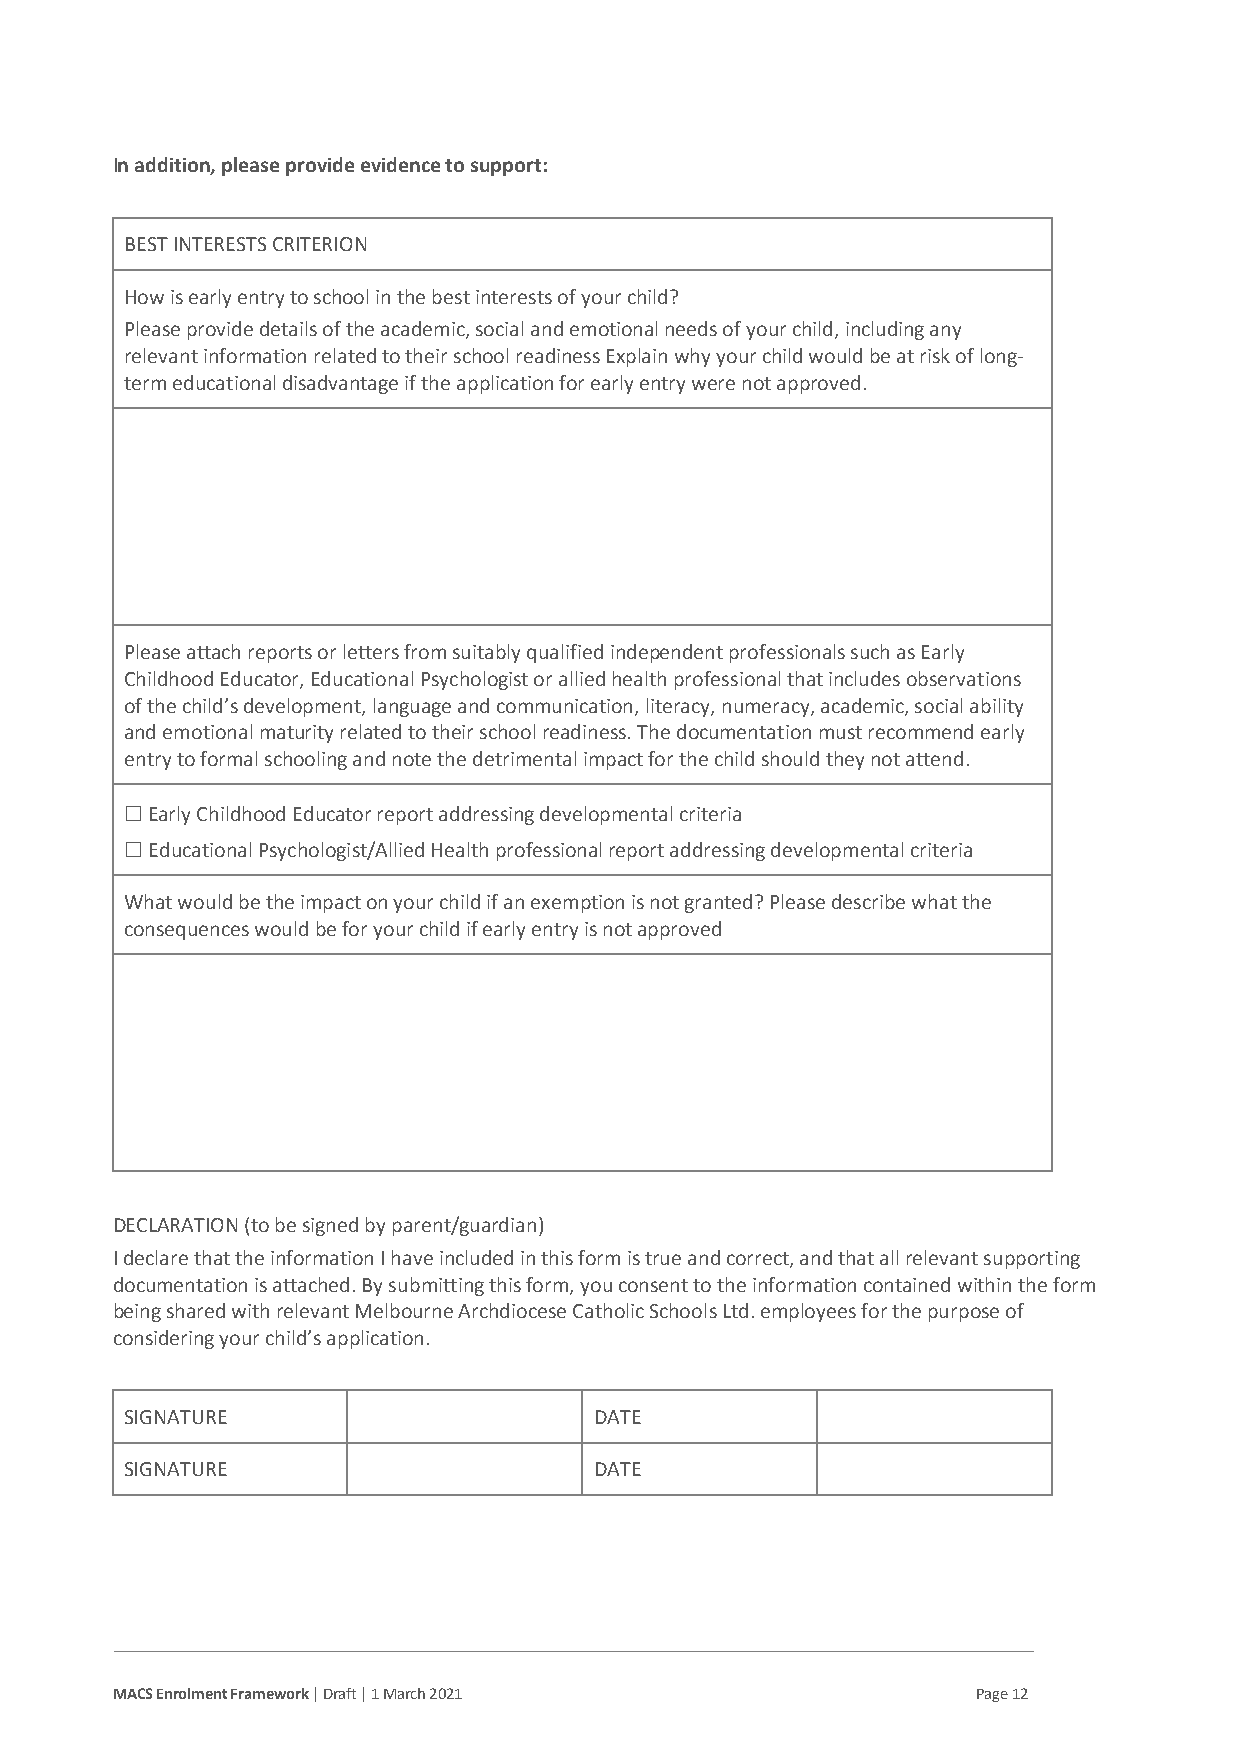
In addition, please provide evidence to support:
 BEST INTERESTS CRITERION
 How is early entry to school in the best interests of your child?
 Please provide details of the academic, social and emotional needs of your child, including any
 relevant information related to their school readiness Explain why your child would be at risk of long-
 term educational disadvantage if the application for early entry were not approved.
 Please attach reports or letters from suitably qualified independent professionals such as Early
 Childhood Educator, Educational Psychologist or allied health professional that includes observations
 of the child’s development, language and communication, literacy, numeracy, academic, social ability
 and emotional maturity related to their school readiness. The documentation must recommend early
 entry to formal schooling and note the detrimental impact for the child should they not attend.
 ☐ Early Childhood Educator report addressing developmental criteria
 ☐ Educational Psychologist/Allied Health professional report addressing developmental criteria
 What would be the impact on your child if an exemption is not granted? Please describe what the
 consequences would be for your child if early entry is not approved
 DECLARATION (to be signed by parent/guardian)
 I declare that the information I have included in this form is true and correct, and that all relevant supporting
 documentation is attached. By submitting this form, you consent to the information contained within the form
 being shared with relevant Melbourne Archdiocese Catholic Schools Ltd. employees for the purpose of
 considering your child’s application.
 SIGNATURE                      DATE
 SIGNATURE                      DATE
 MACS Enrolment Framework | Draft | 1 March 2021           Page 12